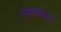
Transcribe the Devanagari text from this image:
गणनाकार